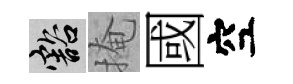
豁掩國空